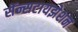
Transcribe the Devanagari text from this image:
सेंन्सटायझेशन